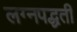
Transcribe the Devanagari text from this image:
लग्नपद्धती